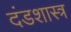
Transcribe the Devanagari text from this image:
दंडशास्त्र